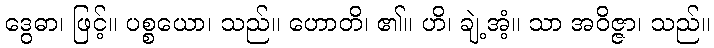
ဒွေဓာ၊ ဖြင့်။ ပစ္စယော၊ သည်။ ဟောတိ၊ ၏။ ဟိ၊ ချဲ့အံ့။ သာ အဝိဇ္ဇာ၊ သည်။